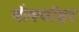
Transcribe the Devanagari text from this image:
बौक्सॉइट